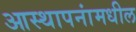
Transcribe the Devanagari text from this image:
आस्थापनांमधील